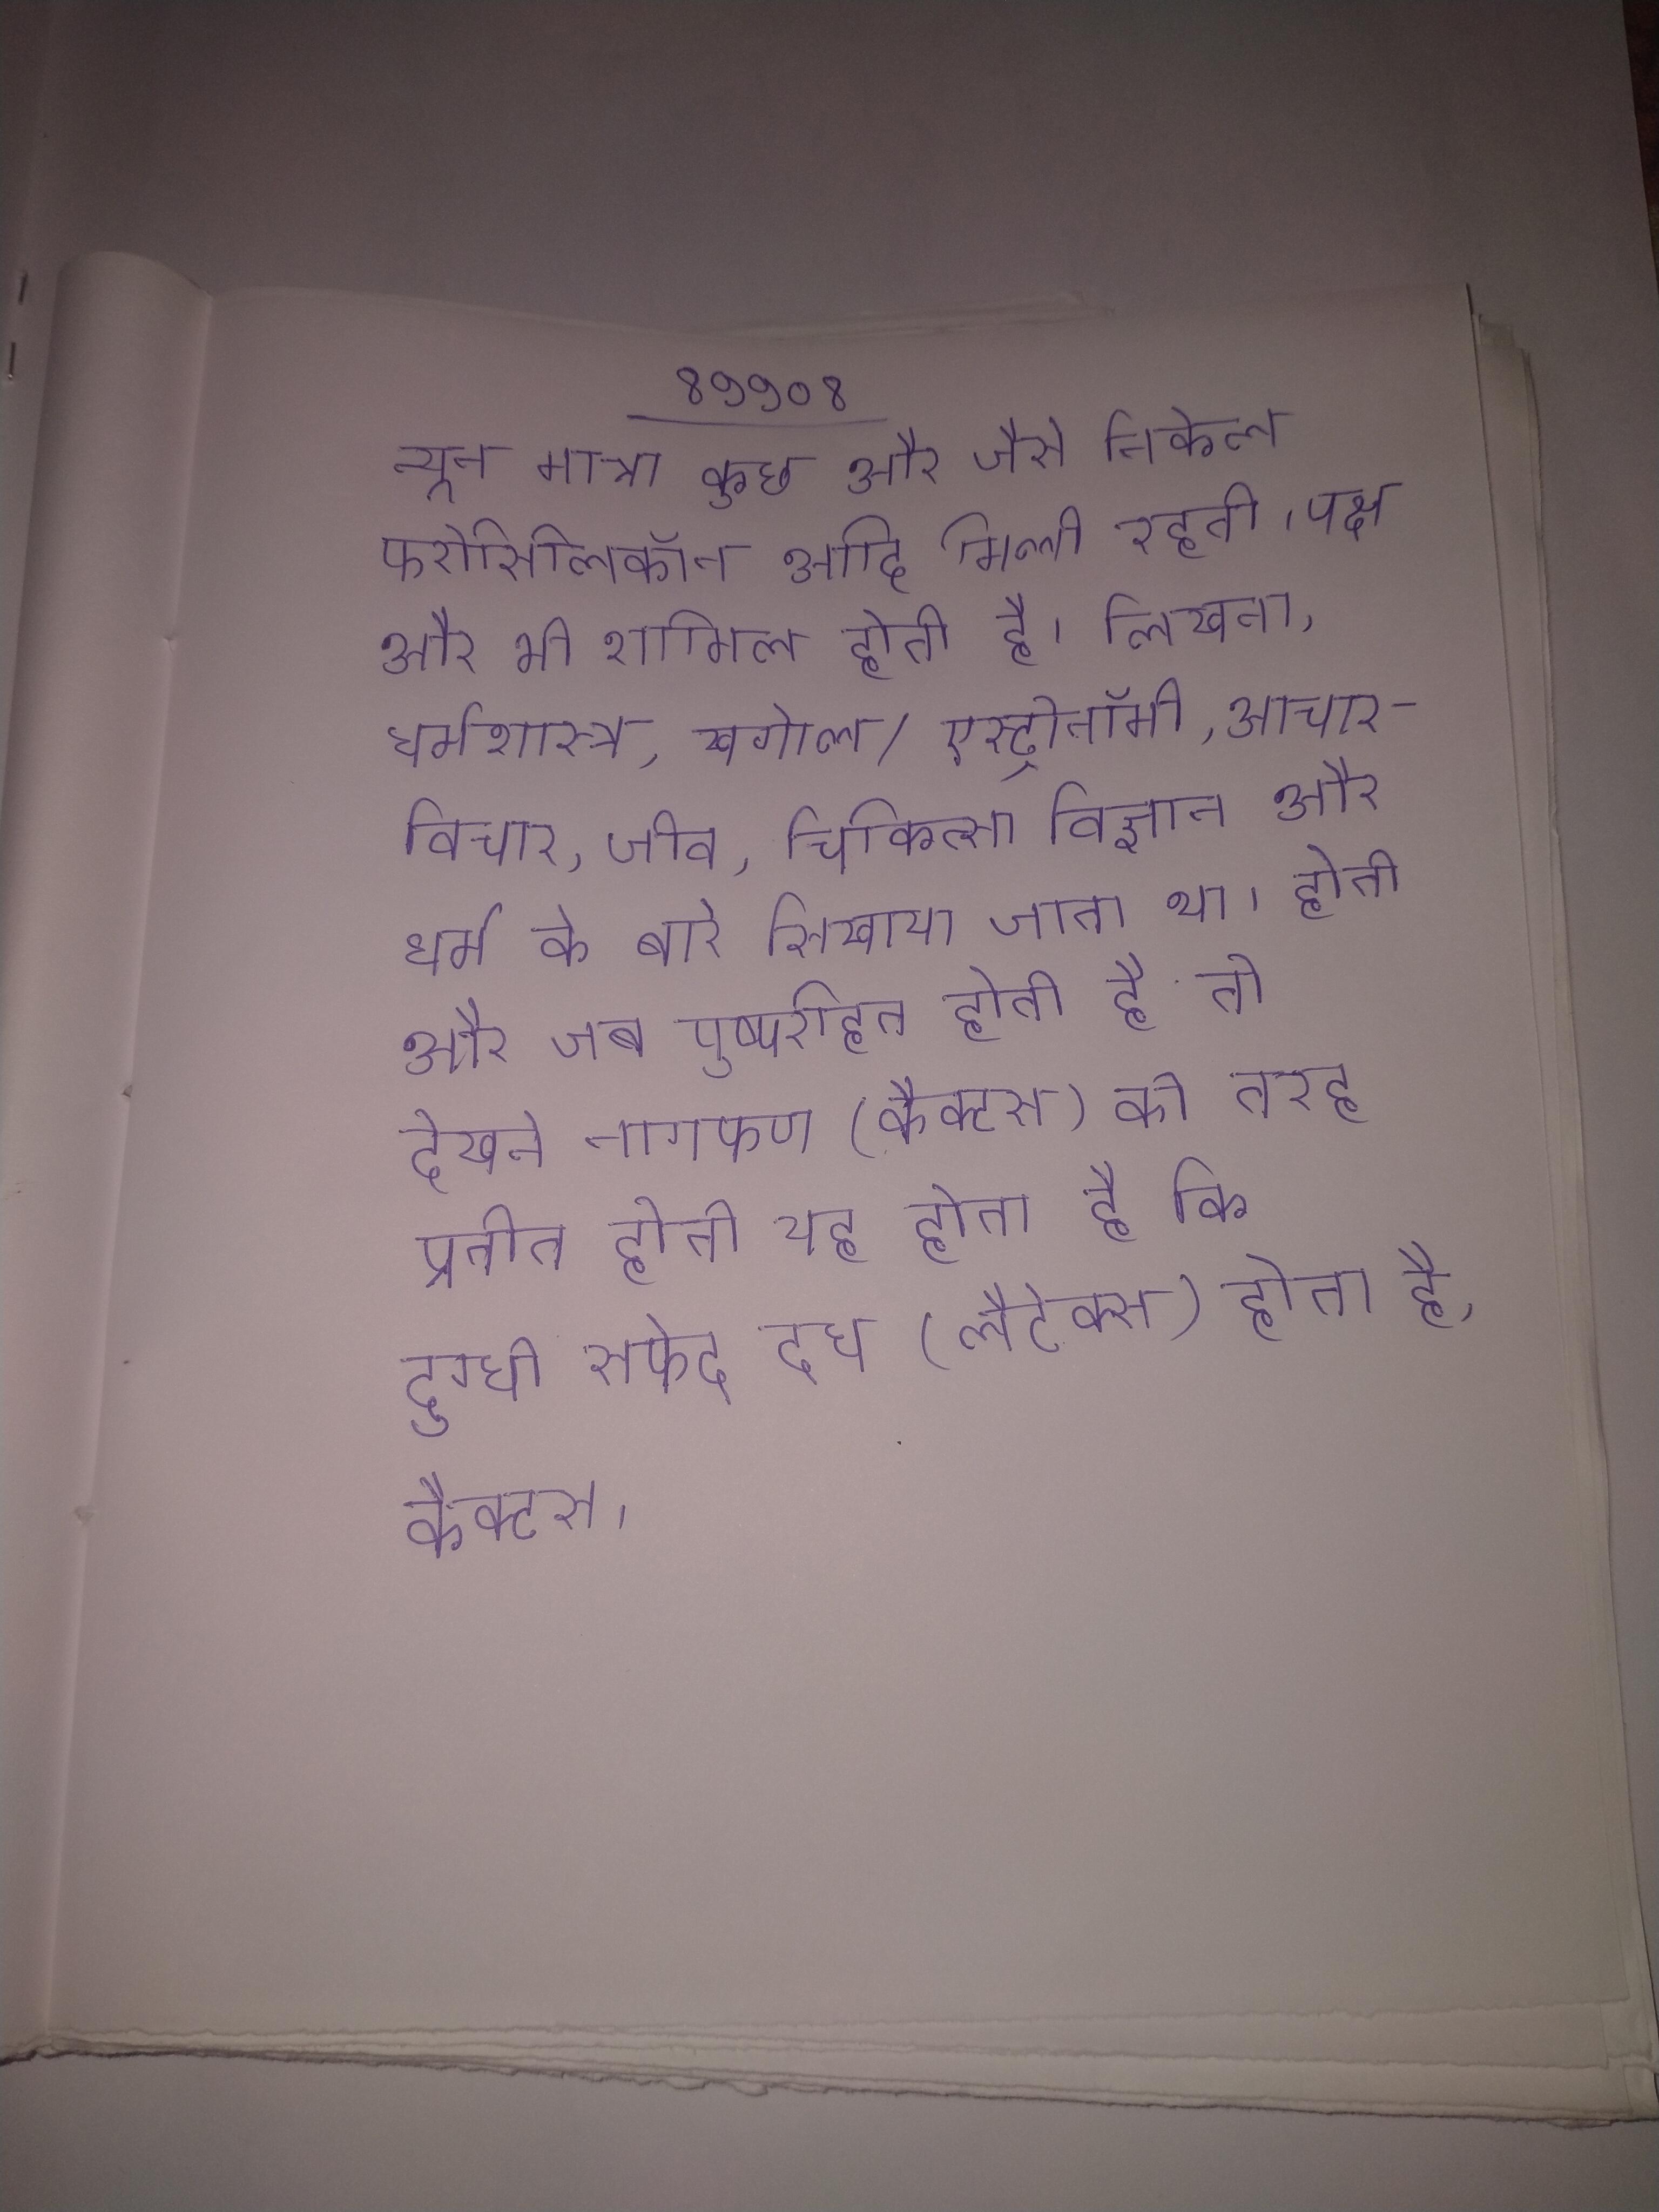
न्यून मात्रा कुछ और जैसे निकेल फरोसिलिकॉन आदि मिली रहती । पक्ष और भी शामिल होती है । लिखना, धर्मशास्त्र, खगोल/एस्ट्रोनॉमी, आचार-विचार, जीव, चिकित्सा विज्ञान और धर्म के बारे सिखाया जाता था । होती और जब पुष्परहित होती है तो देखने नागफण (कैक्टस) की तरह प्रतीत होती यह होता है कि दुग्धी सफेद दूध (लैटेक्स) होता है, कैक्टस ।